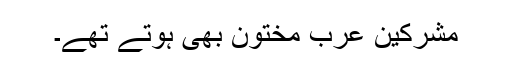
مشرکینِ عرب مختون بھی ہوتے تھے۔